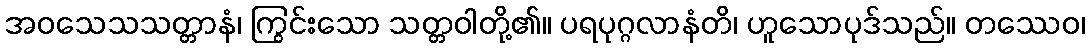
အဝသေသသတ္တာနံ၊ ကြွင်းသော သတ္တဝါတို့၏။ ပရပုဂ္ဂလာနံတိ၊ ဟူသောပုဒ်သည်။ တဿေဝ၊